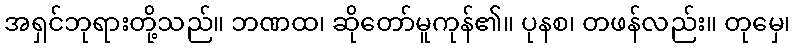
အရှင်ဘုရားတို့သည်။ ဘဏထ၊ ဆိုတော်မူကုန်၏။ ပုနစ၊ တဖန်လည်း။ တုမှေ၊